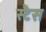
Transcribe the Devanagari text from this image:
स्टैस